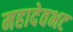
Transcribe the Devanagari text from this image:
महादेवभट